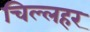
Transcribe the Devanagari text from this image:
चिल्लहर